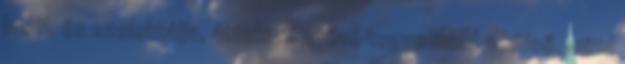
belül, és szelektálja, áttekinthetővé tegye mind a külső, mind